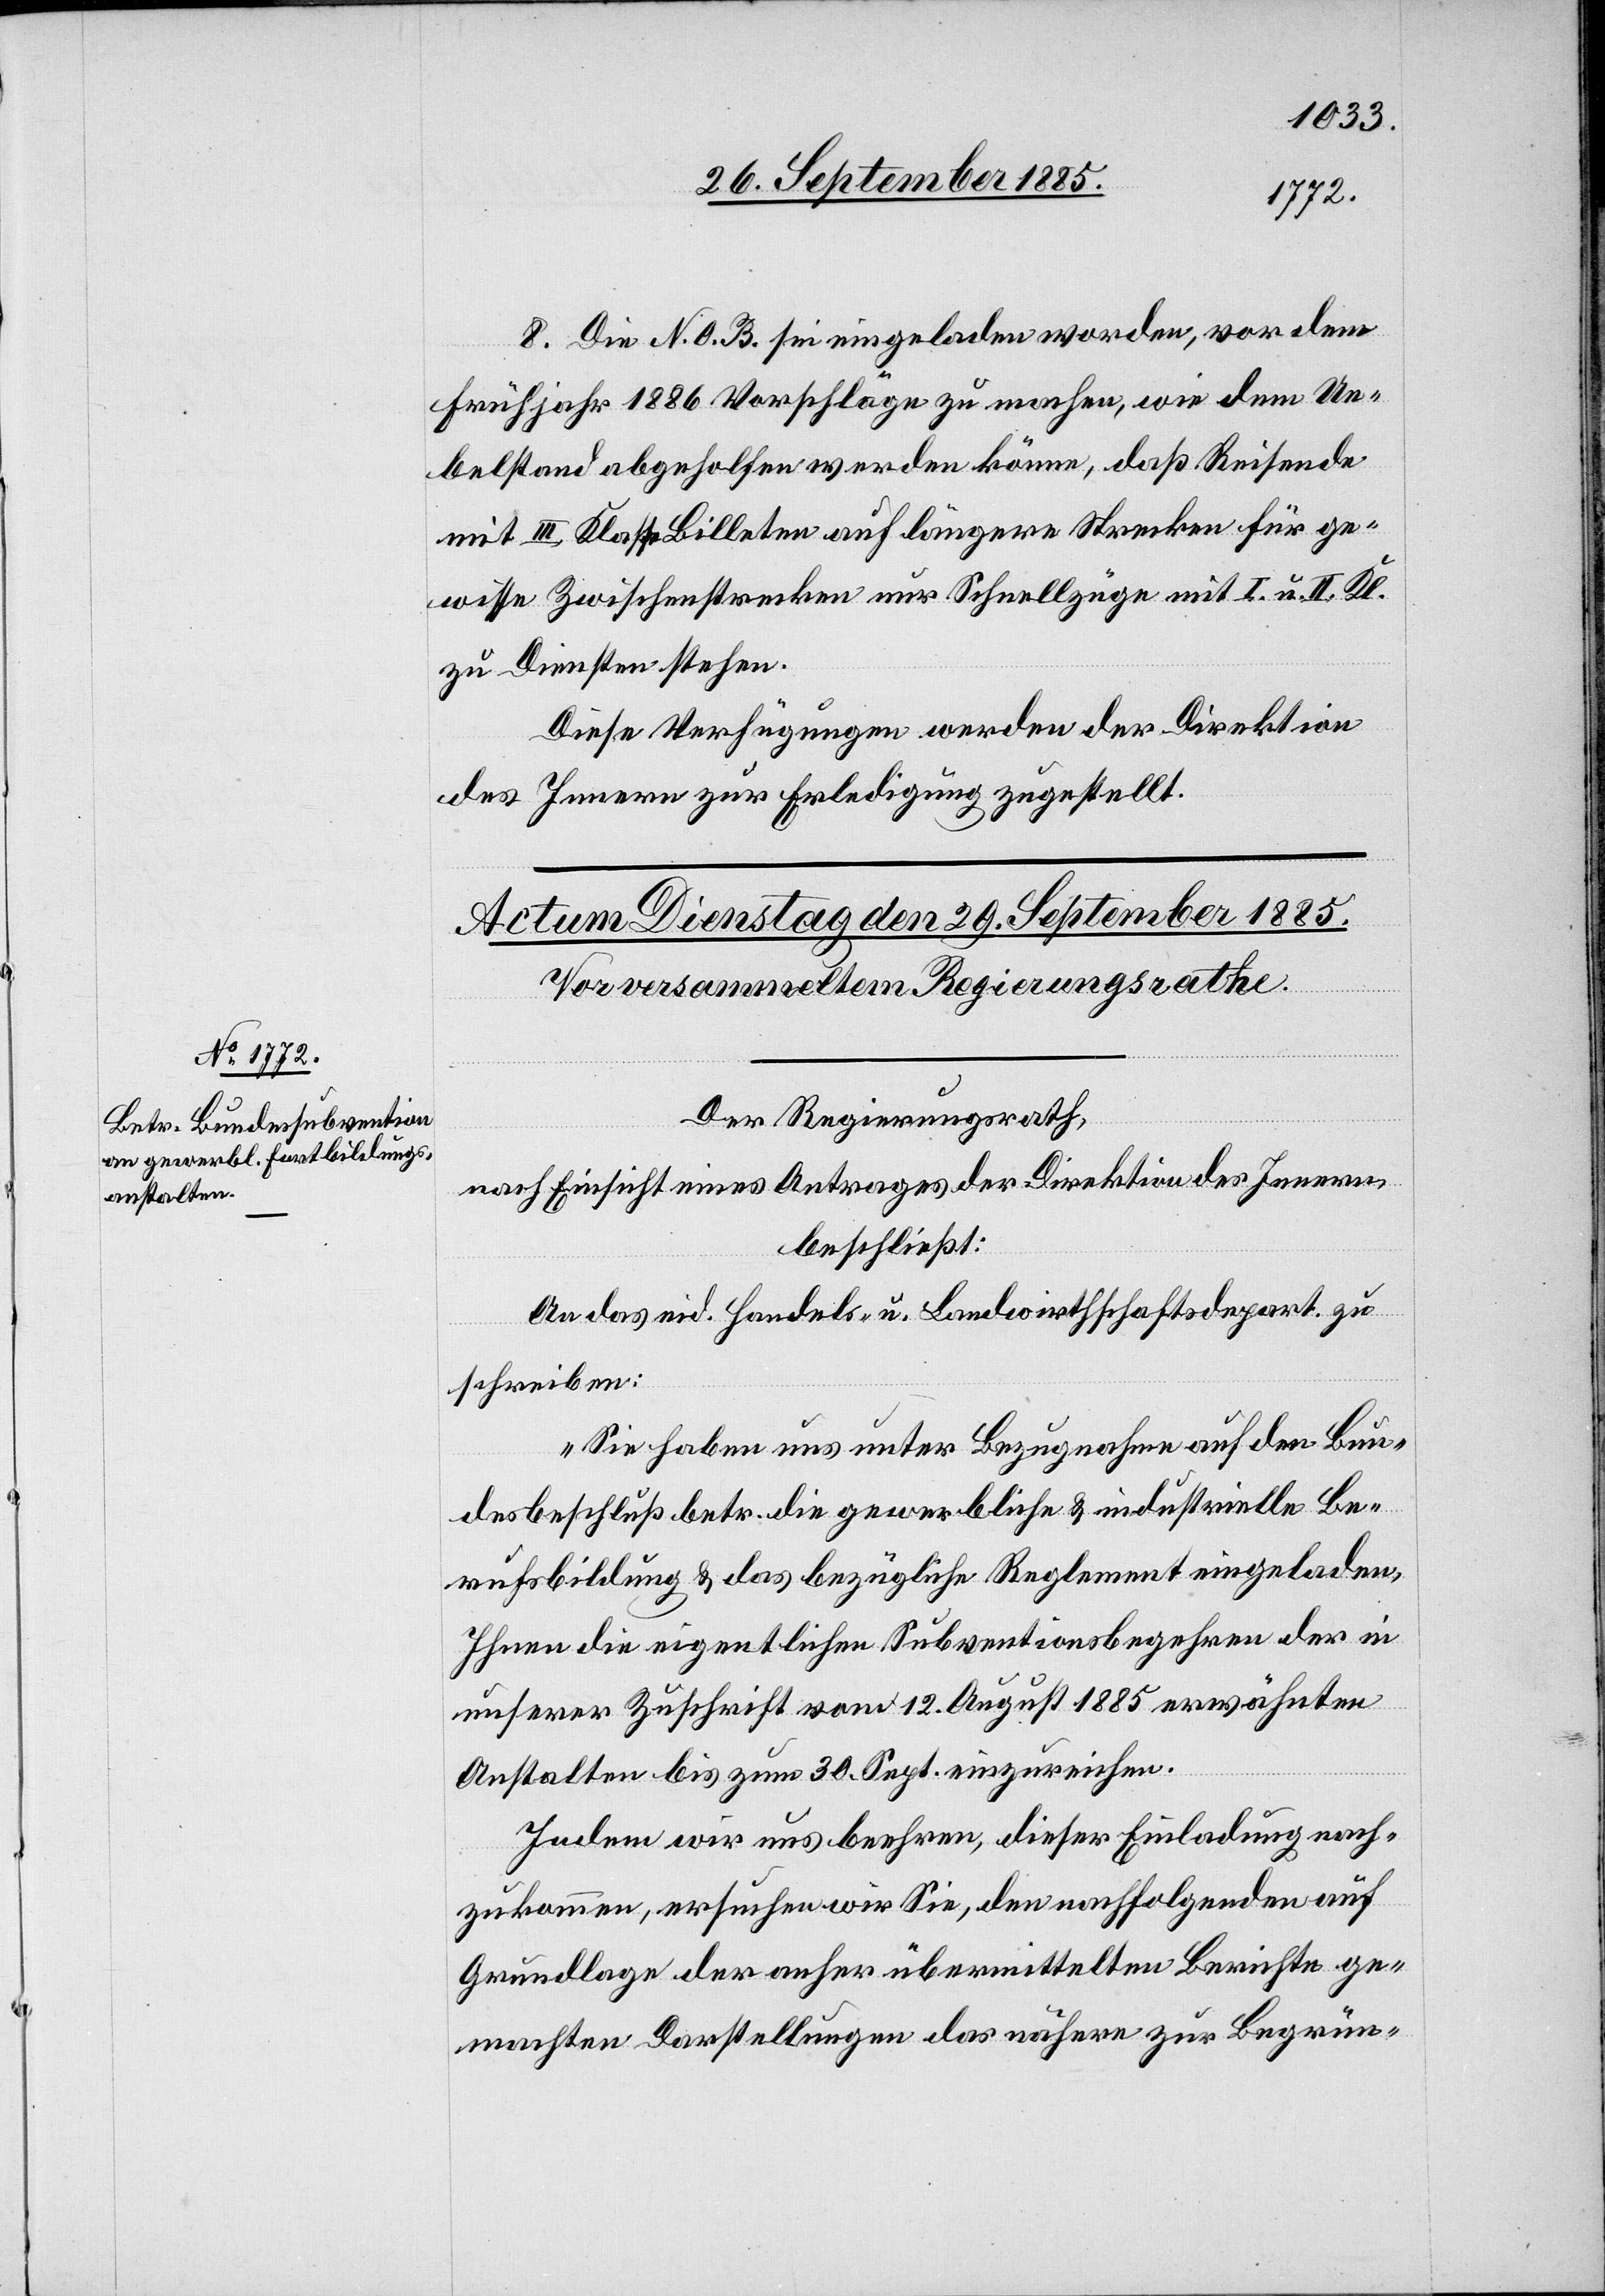
8. Die N. O. B. sei eingeladen worden, vor dem
Frühjahr 1886 Vorschläge zu machen, wie dem Ue¬
belstand abgeholfen werden könne, daß Reisende[n]
mit III. Klasse Billeten auf längere Strecken für ge¬
wisse Zwischenstrecken nur Schnellzüge mit I. u. II. Kl.
zu Diensten stehen.
Diese Verfügungen werden der Direktion
des Innern zur Erledigung zugestellt.
Der Regierungsrath,
nach Einsicht eines Antrages der Direktion des Innern
beschließt:
An das eid. Handels- u. Landwirthschaftsdepart. zu
schreiben:
„Sie haben uns unter Bezugnahme auf den Bun¬
desbeschluß betr. die gewerbliche & industrielle Be¬
rufsbildung & das bezügliche Reglement eingeladen,
Ihnen die eigentlichen Subventionsbegehren der in
unserer Zuschrift vom 12. August 1885 erwähnten
Anstalten bis zum 30. Sept. einzureichen.
Indem wir uns beehren, dieser Einladung nach¬
zukommen, ersuchen wir Sie, den nachfolgenden auf
Grundlage der anher übermittelten Berichte ge¬
machten Darstellungen das nähere zur Begrün-